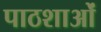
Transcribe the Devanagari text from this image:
पाठशाओं